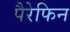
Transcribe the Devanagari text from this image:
पैरेफिन